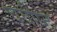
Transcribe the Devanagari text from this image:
चवीष्ट